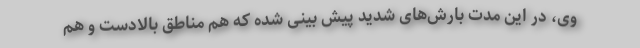
وی، در این مدت بارش‌های شدید پیش بینی شده که هم مناطق بالادست و هم